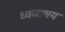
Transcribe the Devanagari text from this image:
ध्वजाश्रय